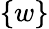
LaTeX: \{ w\}